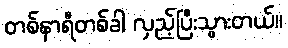
တစ်နာရီတစ်ခါ လှည့်ပြီးသွားတယ်။